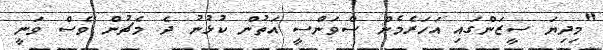
"މިިދިޔަ ސީޒަންގައި އަހަރެމެން ސްވަންސީ އަތުން ކުޅުނު ދެ މެޗުން ވެސް ވަނީ